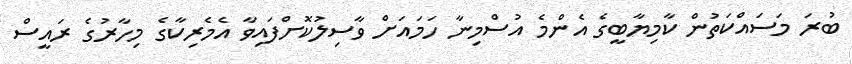
ބުރަ މަސައްކަތުން ކާމިޔާބީގެ އެންމެ އުސްމިނާ ހަމައަށް ވާސިލުކޮށްފައިވާ އެމެރިކާގެ މިހާރުގެ ރައީސް